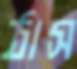
ঠাস